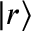
| r \rangle